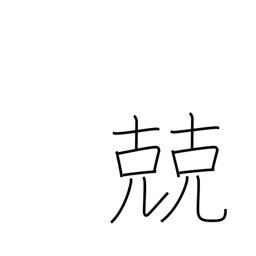
Meaning: discreet